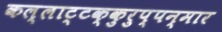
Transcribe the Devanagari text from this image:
कल्लाट्टक्कुरुप्पन्मार